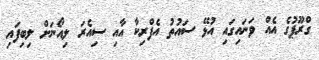
ގްރޫޕުގެ އެއް ވަނައިގައި އުޅޭ ސައުތު އެފްރިކާ އާއި ސިއެރަ ލިއޯނަށް ލިބިފައި